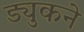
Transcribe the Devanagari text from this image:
ड्युकने